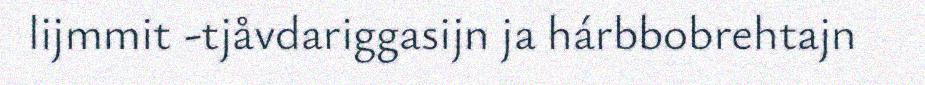
lijmmit -tjåvdariggasijn ja hárbbobrehtajn